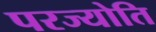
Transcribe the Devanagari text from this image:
परज्योति